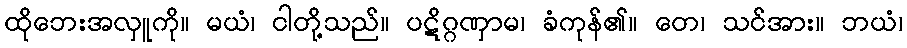
ထိုဘေးအလှူကို။ မယံ၊ ငါတို့သည်။ ပဋိဂ္ဂဏှာမ၊ ခံကုန်၏။ တေ၊ သင်အား။ ဘယံ၊